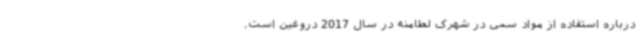
درباره استفاده از مواد سمی در شهرک لطامنه در سال 2017 دروغین است.